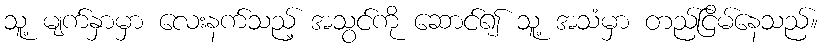
သူ့ မျက်နှာမှာ လေးနက်သည့် အသွင်ကို ဆောင်၍ သူ့ အသံမှာ တည်ငြိမ်နေသည်။